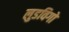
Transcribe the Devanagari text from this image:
लुडविगो